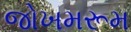
જોખમરૂમ